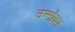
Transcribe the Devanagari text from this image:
उन्मोचा